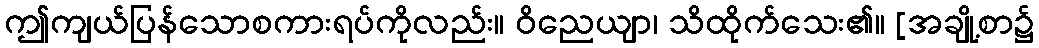
ဤကျယ်ပြန်သောစကားရပ်ကိုလည်း။ ဝိညေယျာ၊ သိထိုက်သေး၏။ [အချို့စာ၌